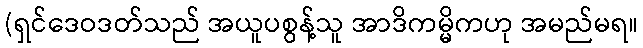
(ရှင်ဒေဝဒတ်သည် အယူပစွန့်သူ အာဒိကမ္မိကဟု အမည်မရ။